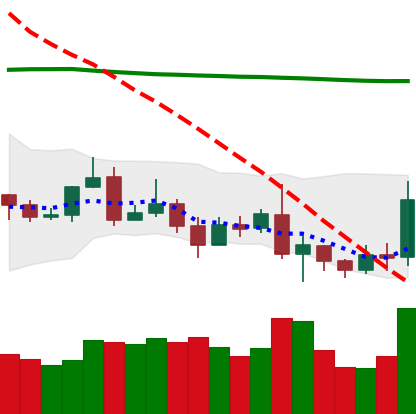
Ticker: ETC-USD
Chart end date: 2019-08-20
Forward return: 18.858%
Label: up_7plus